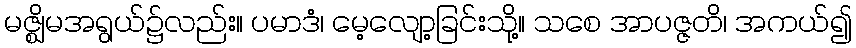
မဇ္ဈိမအရွယ်၌လည်း။ ပမာဒံ၊ မေ့လျော့ခြင်းသို့။ သစေ အာပဇ္ဇတိ၊ အကယ်၍